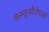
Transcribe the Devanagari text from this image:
कम्युनौतेयर्स